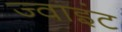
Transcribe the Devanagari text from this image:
ज्‍वाइंट